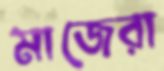
মাজেরা